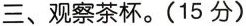
三、观察茶杯。(15分)